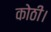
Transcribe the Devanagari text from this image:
कोठी।